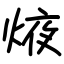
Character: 焲